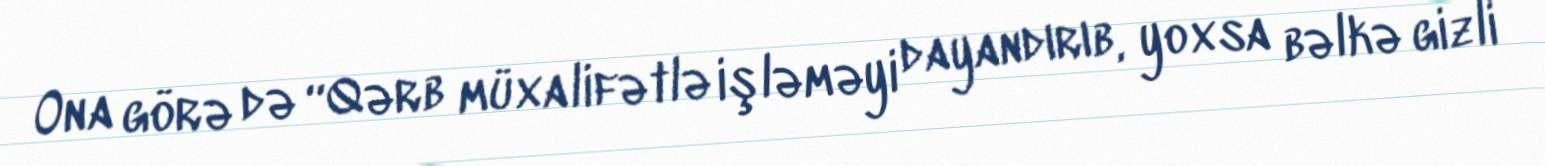
Ona görə də “Qərb müxalifətlə işləməyi dayandırıb, yoxsa bəlkə gizli